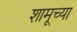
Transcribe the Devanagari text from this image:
शामूच्या